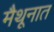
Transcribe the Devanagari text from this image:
मैथूनात